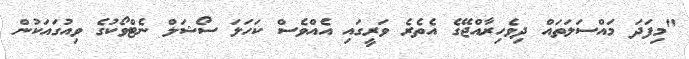
"މިފަދަ މައްސަލަތައް ދިވެހިރާއްޖޭގެ އެތެރެ ވަރީގައި އެއްވެސް ކަހަލަ ސޯޝަލް ނެޓްވޯކުގެ ވިއުގައަކުން